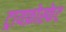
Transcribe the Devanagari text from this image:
ट्रायफ़ोस्फेट